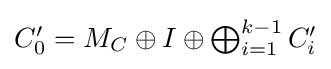
{\textstyle C'_{0}=M_{C}\oplus I\oplus \bigoplus _{i=1}^{k-1}C'_{i}}